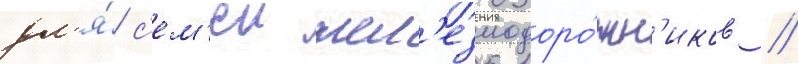
дл'я́ с'ем'еи жел'езнодоро́жн'иков //